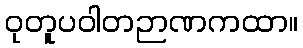
ဝုတူပဝါတဉာဏကထာ။